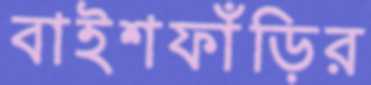
বাইশফাঁড়ির